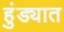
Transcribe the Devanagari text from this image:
हुंड्यात